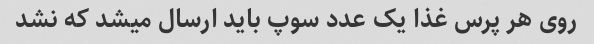
روی هر پرس غذا یک عدد سوپ باید ارسال میشد که نشد